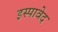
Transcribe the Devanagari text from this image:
इस्पावेद